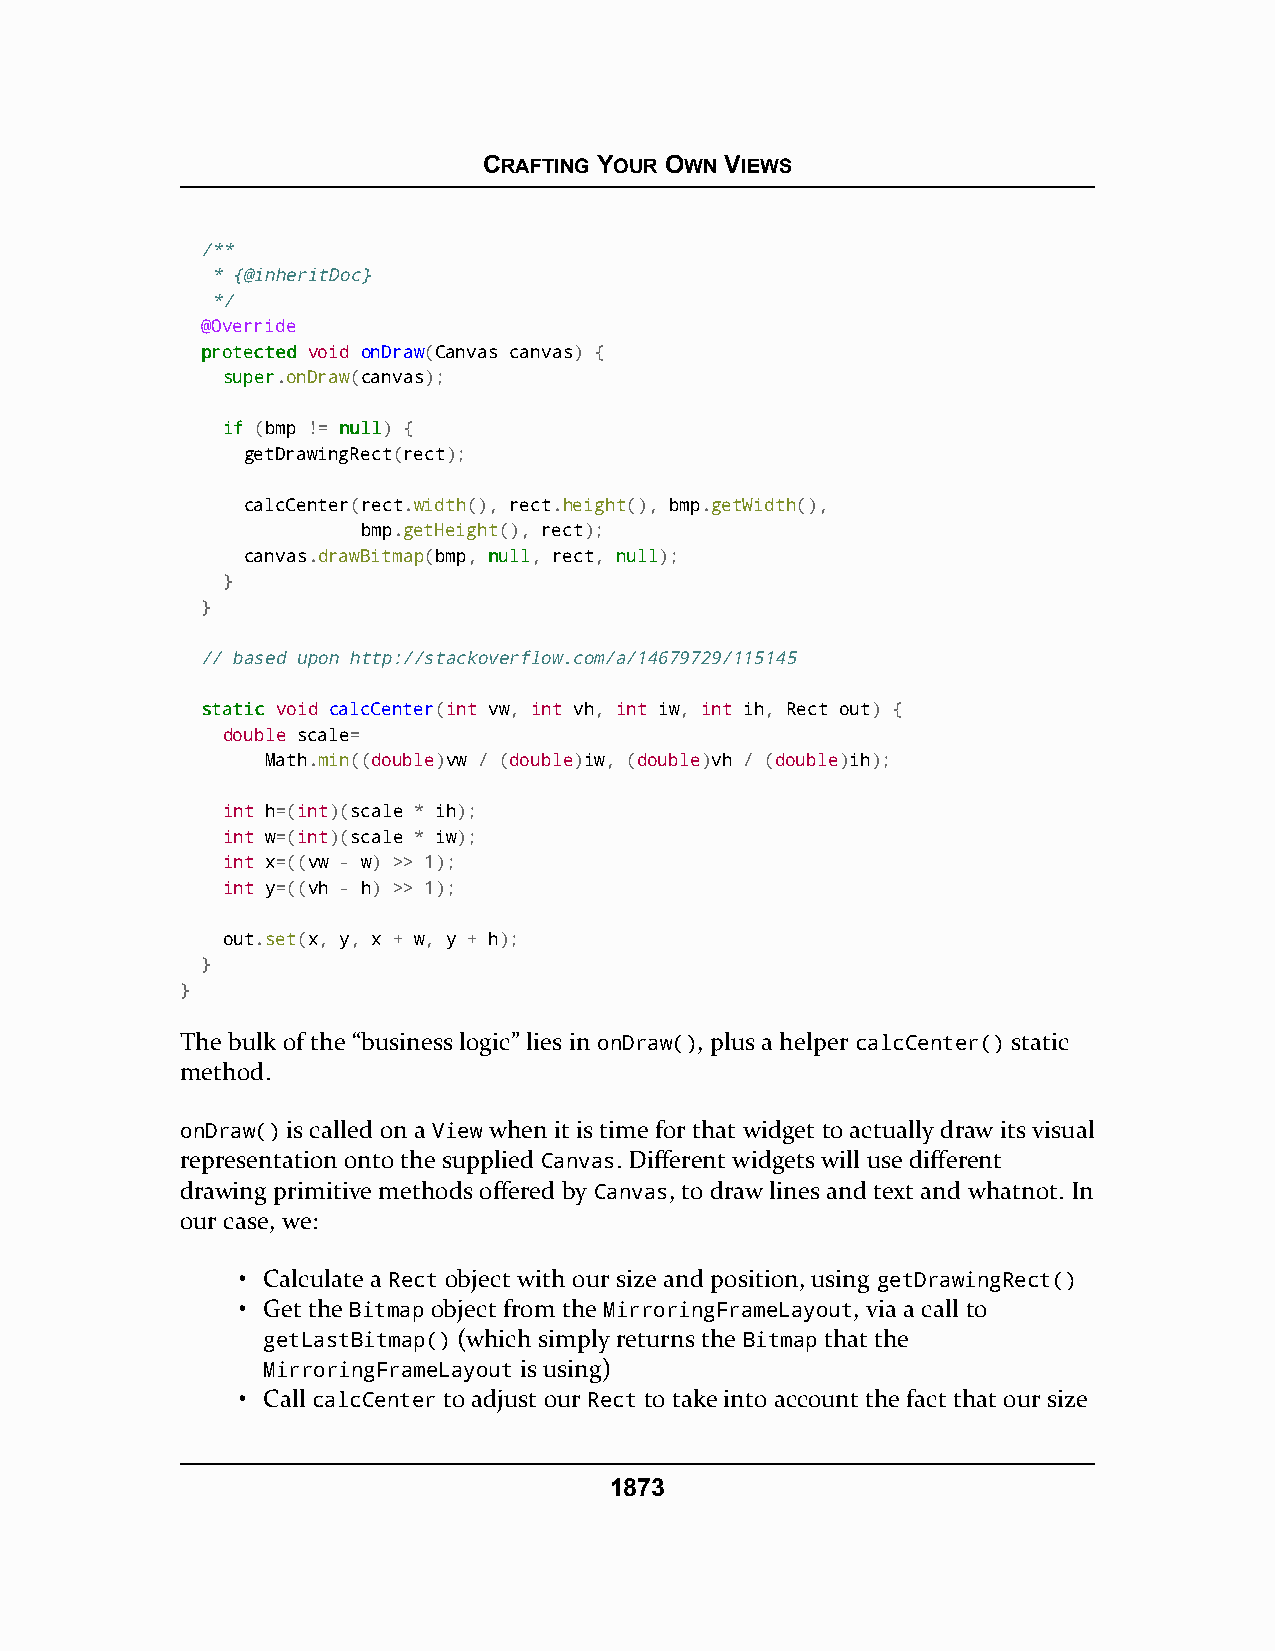
CRAFTING YOUR OWN VIEWS
 /**
 * {@inheritDoc}
 */
 @Override
 pprrootteecctteedd void onDraw(Canvas canvas) {
 ssuuppeerr.onDraw(canvas);
 iiff (bmp != nnuullll) {
 getDrawingRect(rect);
 calcCenter(rect.width(), rect.height(), bmp.getWidth(),
 bmp.getHeight(), rect);
 canvas.drawBitmap(bmp, nnuullll, rect, nnuullll);
 }
 }
 // based upon http://stackoverflow.com/a/14679729/115145
 ssttaattiicc void calcCenter(int vw, int vh, int iw, int ih, Rect out) {
 double scale=
 Math.min((double)vw / (double)iw, (double)vh / (double)ih);
 int h=(int)(scale * ih);
 int w=(int)(scale * iw);
 int x=((vw - w) >> 1);
 int y=((vh - h) >> 1);
 out.set(x, y, x + w, y + h);
 }
 }
 The bulk of the “business logic” lies in onDraw(), plus a helper calcCenter() static
 method.
 onDraw() is called on a View when it is time for that widget to actually draw its visual
 representation onto the supplied Canvas. Different widgets will use different
 drawing primitive methods offered by Canvas, to draw lines and text and whatnot. In
 our case, we:
 • Calculate a Rect object with our size and position, using getDrawingRect()
 • Get the Bitmap object from the MirroringFrameLayout, via a call to
 getLastBitmap() (which simply returns the Bitmap that the
 MirroringFrameLayout is using)
 • Call calcCenter to adjust our Rect to take into account the fact that our size
 1873